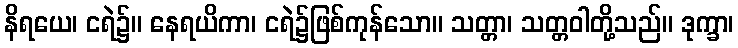
နိရယေ၊ ငရဲ၌။ နေရယိကာ၊ ငရဲ၌ဖြစ်ကုန်သော။ သတ္တာ၊ သတ္တဝါတို့သည်။ ဒုက္ခာ၊